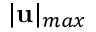
\vert \mathbf { u } \vert _ { m a x }